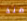
منذ